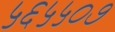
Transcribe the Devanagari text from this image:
५६५५०७